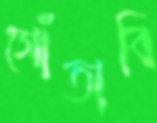
গোঁতাবি